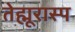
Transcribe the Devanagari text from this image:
तेह्मूरास्प